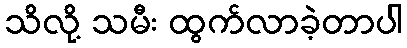
သိလို့ သမီး ထွက်လာခဲ့တာပါ